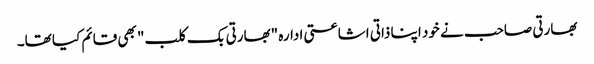
بھارتی صاحب نے خود اپنا ذاتی اشاعتی ادارہ "بھارتی بک کلب" بھی قائم کیا تھا۔